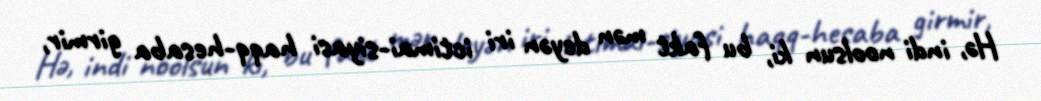
Hə, indi noolsun ki, bu fakt mən deyən iri ictimai-siyasi haqq-hesaba girmir,